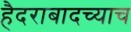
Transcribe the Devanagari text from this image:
हैदराबादच्याच